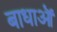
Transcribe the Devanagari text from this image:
बाधाऒं